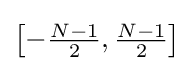
{\textstyle \left[-{\frac {N-1}{2}},{\frac {N-1}{2}}\right]}